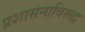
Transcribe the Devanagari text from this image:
प्रशासनाविरुद्ध